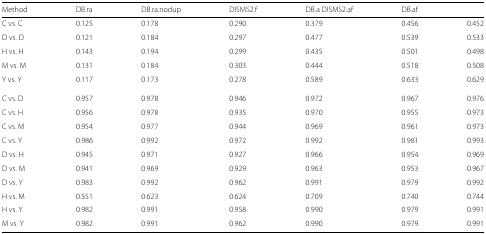
<table><thead><tr><td><b>Method</b></td><td><b>DB.ra</b></td><td><b>DB.ra.nodup</b></td><td><b>DISMS2.f</b></td><td><b>DB.a DISMS2.af</b></td><td><b>DB.af</b></td><td></td></tr></thead><tbody><tr><td>C vs. C</td><td>0.125</td><td>0.178</td><td>0.290</td><td>0.379</td><td>0.456</td><td>0.452</td></tr><tr><td>D vs. D</td><td>0.121</td><td>0.184</td><td>0.297</td><td>0.477</td><td>0.539</td><td>0.533</td></tr><tr><td>H vs. H</td><td>0.143</td><td>0.194</td><td>0.299</td><td>0.435</td><td>0.501</td><td>0.498</td></tr><tr><td>M vs. M</td><td>0.131</td><td>0.184</td><td>0.303</td><td>0.444</td><td>0.518</td><td>0.508</td></tr><tr><td>Y vs. Y</td><td>0.117</td><td>0.173</td><td>0.278</td><td>0.589</td><td>0.633</td><td>0.629</td></tr><tr><td>C vs. D</td><td>0.957</td><td>0.978</td><td>0.946</td><td>0.972</td><td>0.967</td><td>0.976</td></tr><tr><td>C vs. H</td><td>0.956</td><td>0.978</td><td>0.935</td><td>0.970</td><td>0.955</td><td>0.973</td></tr><tr><td>C vs. M</td><td>0.954</td><td>0.977</td><td>0.944</td><td>0.969</td><td>0.961</td><td>0.973</td></tr><tr><td>C vs. Y</td><td>0.986</td><td>0.992</td><td>0.972</td><td>0.992</td><td>0.981</td><td>0.993</td></tr><tr><td>D vs. H</td><td>0.945</td><td>0.971</td><td>0.927</td><td>0.966</td><td>0.954</td><td>0.969</td></tr><tr><td>D vs. M</td><td>0.941</td><td>0.969</td><td>0.929</td><td>0.963</td><td>0.953</td><td>0.967</td></tr><tr><td>D vs. Y</td><td>0.983</td><td>0.992</td><td>0.962</td><td>0.991</td><td>0.979</td><td>0.992</td></tr><tr><td>H vs. M</td><td>0.551</td><td>0.623</td><td>0.624</td><td>0.709</td><td>0.740</td><td>0.744</td></tr><tr><td>H vs. Y</td><td>0.982</td><td>0.991</td><td>0.958</td><td>0.990</td><td>0.979</td><td>0.991</td></tr><tr><td>M vs. Y</td><td>0.982</td><td>0.991</td><td>0.962</td><td>0.990</td><td>0.979</td><td>0.991</td></tr></tbody></table>